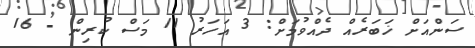
ސަންއަށް ޚަބަރެއް ދެއްވުމަށް: 3 އަހަރު 11 މަސް ކުރިން - 16